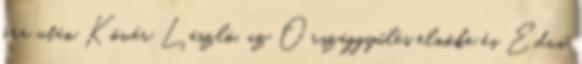
óra után Kövér László, az Országgyűlés elnöke és Edvi